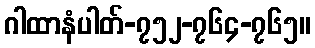
ဂါထာနံပါတ်-၇၅၂-၇၆၄-၇၆၅။